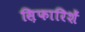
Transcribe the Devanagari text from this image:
स़िफारिशें